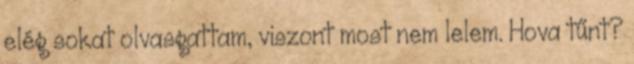
elég sokat olvasgattam, viszont most nem lelem. Hova tűnt?